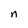
Character: n